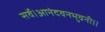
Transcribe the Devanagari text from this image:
सर्वे।आनंदवनभुवनी।।